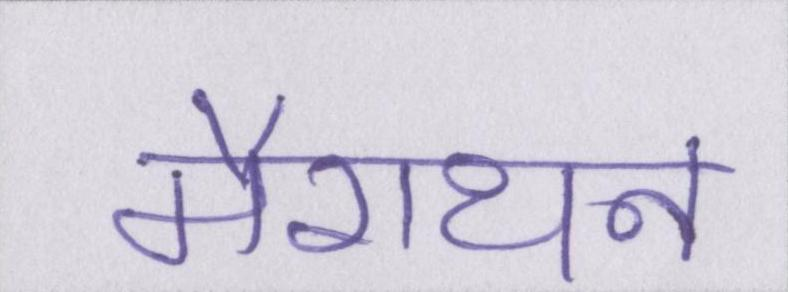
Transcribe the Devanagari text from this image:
मैराथन